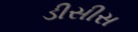
ડીસીસ